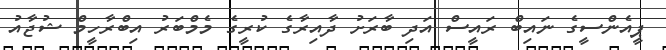
ޕީއެންސީގެ ނައިބް ރައީސް އަދި ބާރަށު ދާއިރާގެ ކުރީގެ މެމްބަރު އިބްރާހީމް ޝުޖާއު